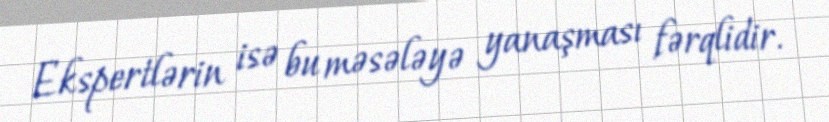
Ekspertlərin isə bu məsələyə yanaşması fərqlidir.